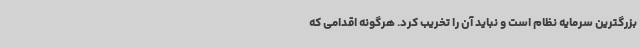
بزرگترین سرمایه نظام است و نباید آن را تخریب کرد. هرگونه اقدامی که